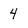
Character: 4